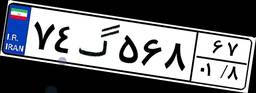
۷۴گ۵۶۸۶۷